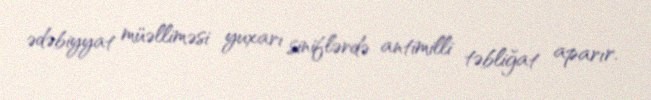
ədəbiyyat müəlliməsi yuxarı siniflərdə antimilli təbliğat aparır.